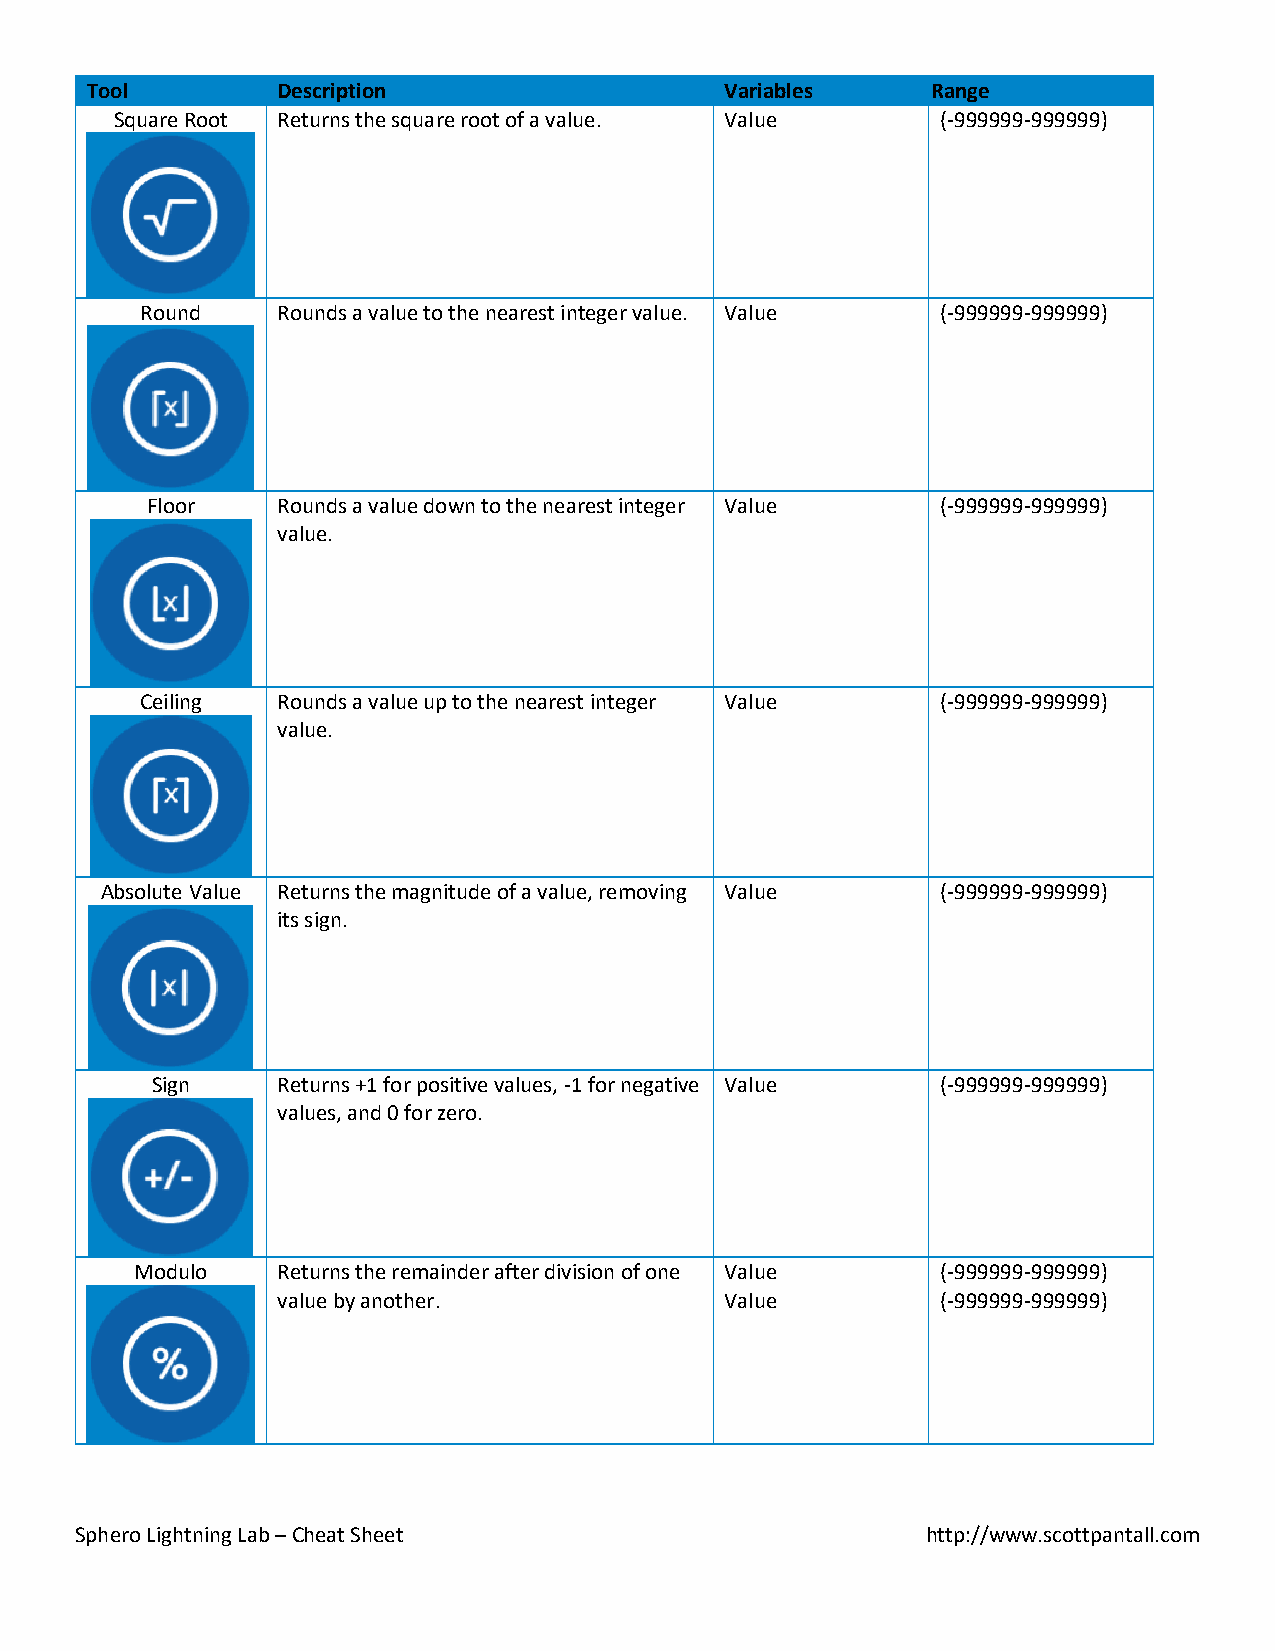
Tool        Description                   Variables     Range
 Square Root Returns the square root of a value. Value (-999999-999999)
 Round    Rounds a value to the nearest integer value. Value (-999999-999999)
 Floor   Rounds a value down to the nearest integer Value (-999999-999999)
 value.
 Ceiling  Rounds a value up to the nearest integer Value (-999999-999999)
 value.
 Absolute Value Returns the magnitude of a value, removing Value (-999999-999999)
 its sign.
 Sign    Returns +1 for positive values, -1 for negative Value (-999999-999999)
 values, and 0 for zero.
 Modulo   Returns the remainder after division of one Value (-999999-999999)
 value by another.             Value         (-999999-999999)
 Sphero Lightning Lab – Cheat Sheet                      http://www.scottpantall.com